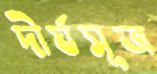
দীর্ঘসূত্র